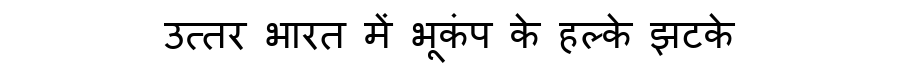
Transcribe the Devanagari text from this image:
उत्तर भारत में भूकंप के हल्के झटके